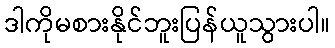
ဒါကိုမစားနိုင်ဘူးပြန်ယူသွားပါ။